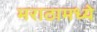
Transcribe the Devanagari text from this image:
मराठामध्ये